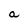
Character: a